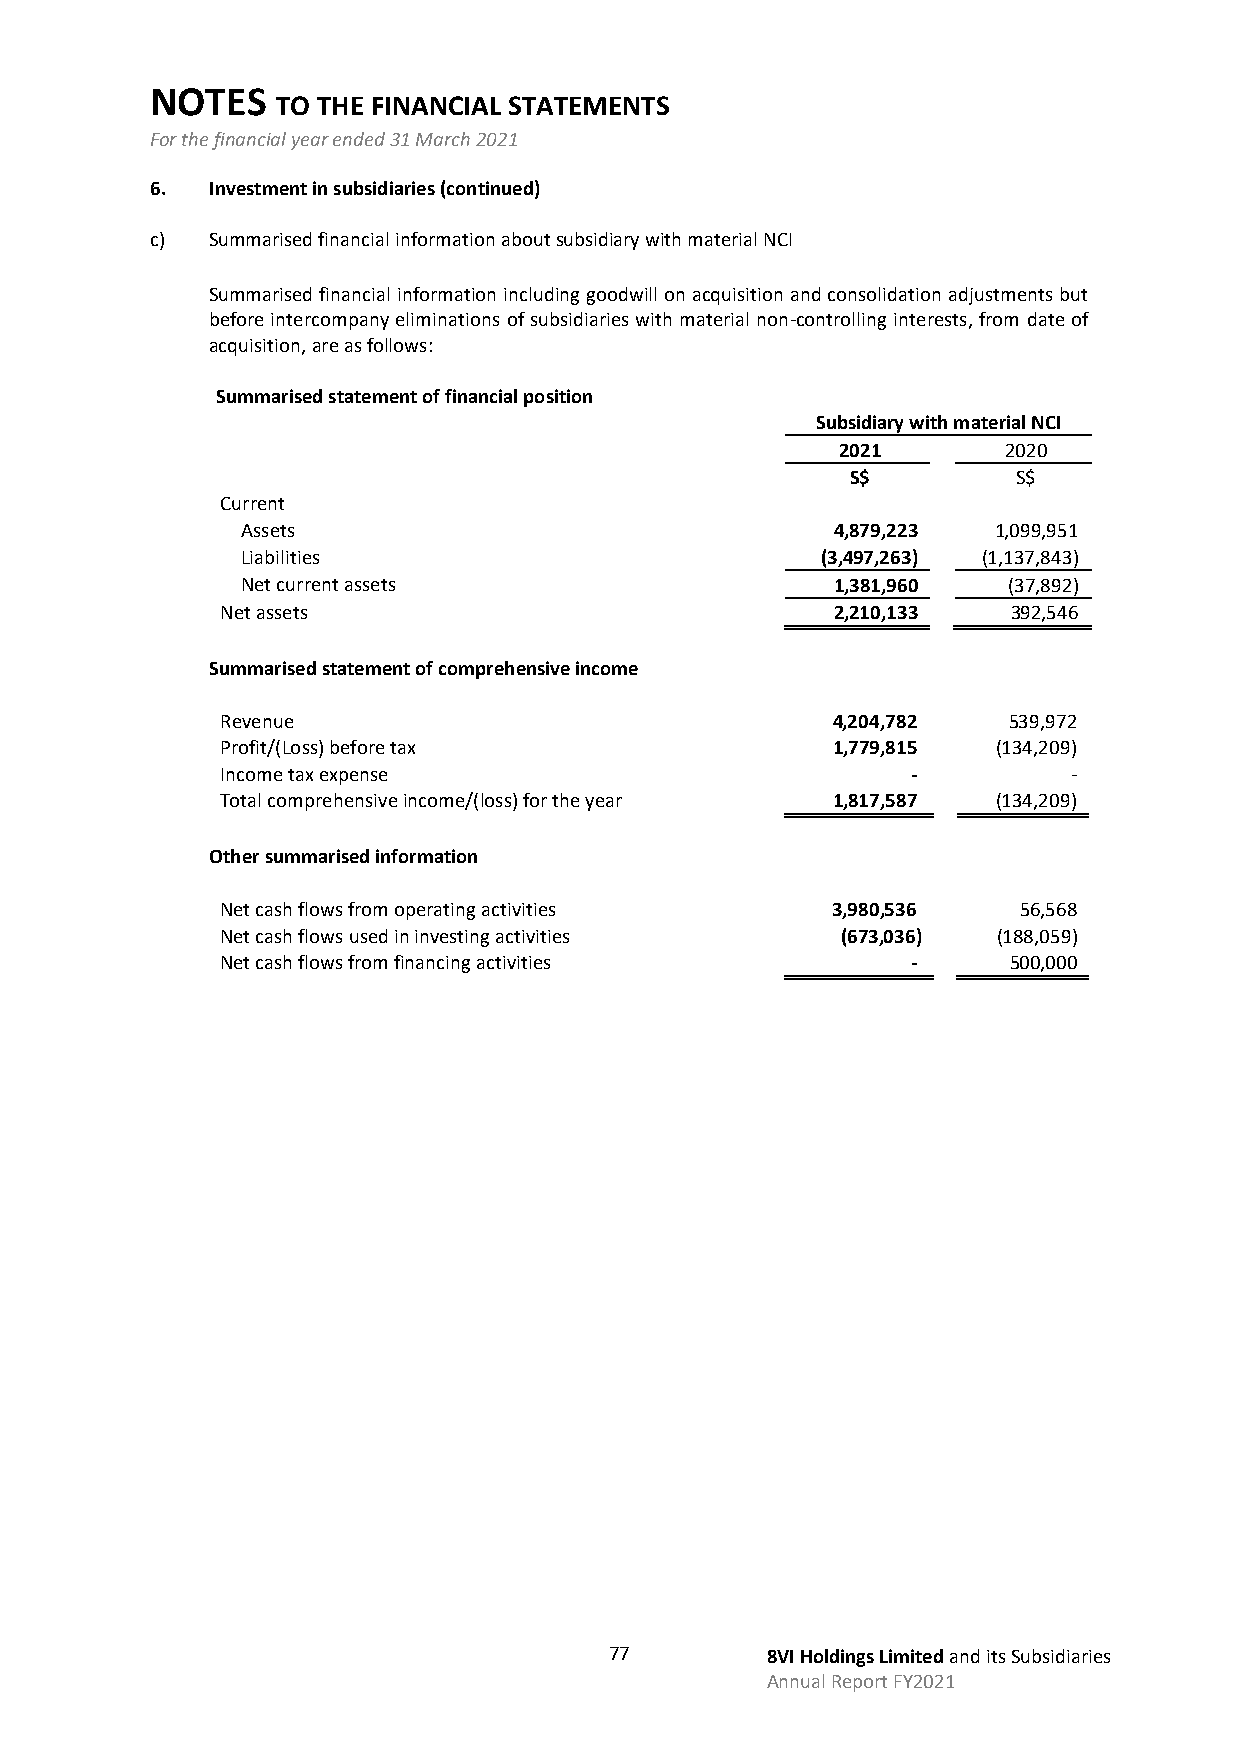
NOTES
 TO THE FINANCIAL STATEMENTS
 For the financial year ended 31 March 2021
 6.  Investment in subsidiaries (continued)
 c)  Summarised financial information about subsidiary with material NCI
 Summarised financial information including goodwill on acquisition and consolidation adjustments but
 before intercompany eliminations of subsidiaries with material non-controlling interests, from date of
 acquisition, are as follows:
 Summarised statement of financial position
 Subsidiary with material NCI
 2021       2020
 S$         S$
 Current
 Assets                                 4,879,223  1,099,951
 Liabilities                           (3,497,263) (1,137,843)
 Net current assets                     1,381,960   (37,892)
 Net assets                              2,210,133   392,546
 Summarised statement of comprehensive income
 Revenue                                 4,204,782   539,972
 Profit/(Loss) before tax                1,779,815  (134,209)
 Income tax expense                           -          -
 Total comprehensive income/(loss) for the year 1,817,587 (134,209)
 Other summarised information
 Net cash flows from operating activities 3,980,536  56,568
 Net cash flows used in investing activities (673,036) (188,059)
 Net cash flows from financing activities     -      500,000
 77         8VI Holdings Limited and its Subsidiaries
 Annual Report FY2021